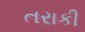
તરાકી